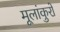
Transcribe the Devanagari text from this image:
मूलांकुरों